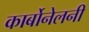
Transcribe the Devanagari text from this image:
कार्बोनेलनी